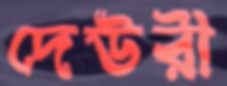
দেউরী